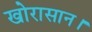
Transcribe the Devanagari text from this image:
खोरासान।